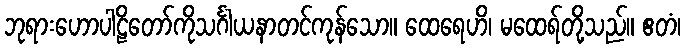
ဘုရားဟောပါဠိတော်ကိုသင်္ဂါယနာတင်ကုန်သော။ ထေရေဟိ၊ မထေရ်တို့သည်။ ဧတံ၊